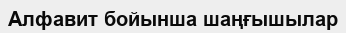
Алфавит бойынша шаңғышылар